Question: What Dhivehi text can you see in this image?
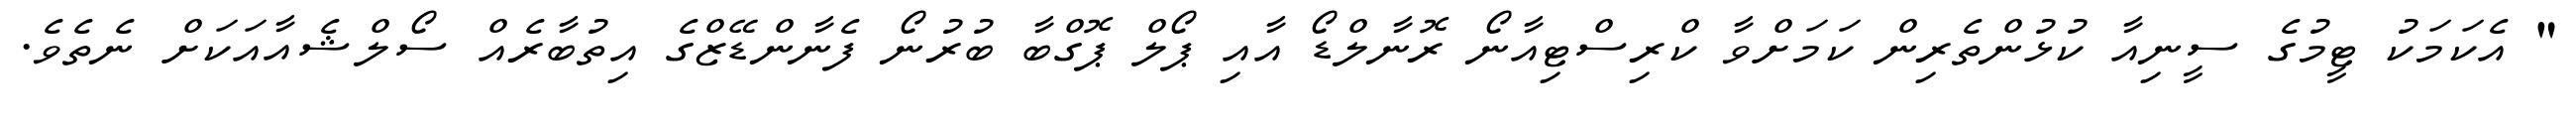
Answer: " އެކަމަކު ޓީމުގެ ސީނިއާ ކުޅުންތެރިން ކަމަށްވާ ކްރިސްޓިއާނޯ ރޮނާލްޑޯ އާއި ޕޯލް ޕޮގްބާ ބުރުނޯ ފެނާންޑޭޒްގެ އިތުބާރެއް ސޯލްޝެއާއަކަށް ނެތެވެ.